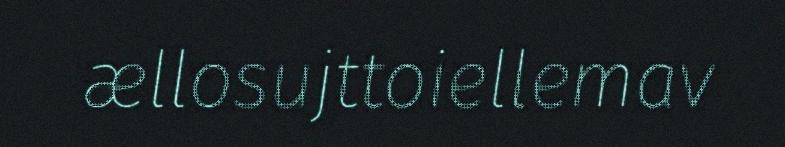
ællosujttoiellemav